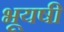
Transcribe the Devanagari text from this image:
भूयषी